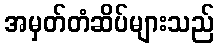
အမှတ်တံဆိပ်များသည်